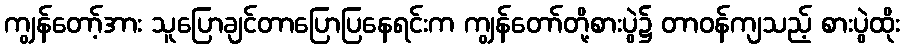
ကျွန်တော့်အား သူပြောချင်တာပြောပြနေရင်းက ကျွန်တော်တို့စားပွဲ၌ တာဝန်ကျသည့် စားပွဲထိုး